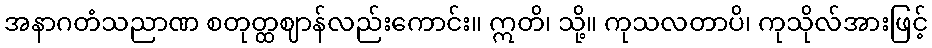
အနာဂတံသညာဏ စတုတ္ထဈာန်လည်းကောင်း။ ဣတိ၊ သို့။ ကုသလတာပိ၊ ကုသိုလ်အားဖြင့်